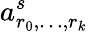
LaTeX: a_{r_{0},\ldots,r_{k}}^{s}